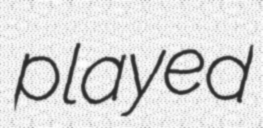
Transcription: played